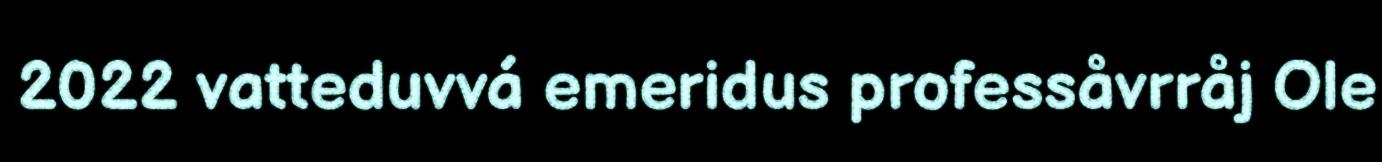
2022 vatteduvvá emeridus professåvrråj Ole